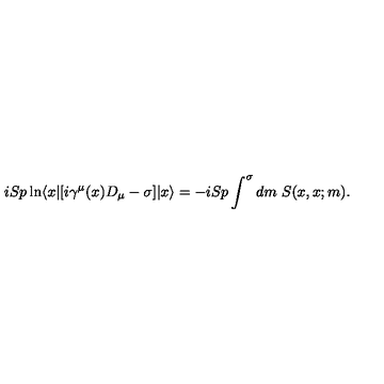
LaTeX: i S p \ln \langle x | [ i \gamma ^ { \mu } ( x ) D _ { \mu } - \sigma ] | x \rangle = - i S p \int ^ { \sigma } d m \ S ( x , x ; m ) .